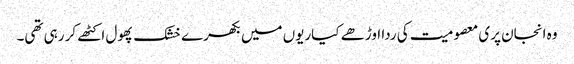
وہ انجان پری معصومیت کی ردا اوڑھے کیاریوں میں بکھرے خشک پھول اکٹھے کر رہی تھی۔